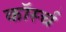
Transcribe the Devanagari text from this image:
कॉर्स्च